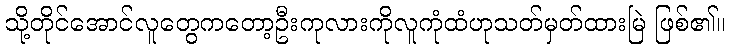
သို့တိုင်အောင်လူတွေကတော့ဦးကုလားကိုလူကုံထံဟုသတ်မှတ်ထားမြဲ ဖြစ်၏။